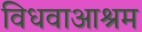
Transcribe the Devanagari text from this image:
विधवाआश्रम